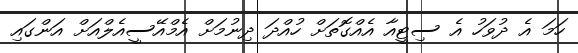
ހަމަ އެ ދުވަހު އެ ސިޓީއާ އެއްގޮތަށް ހުއްދަ ދިނުމަށް އެމްއޭސީއެލްއަށް އަންގައި